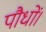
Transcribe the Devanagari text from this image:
पौधों।